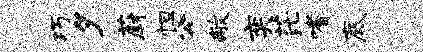
巧夕蔚怛公敝奕茫嗜底